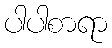
ပါပါစာရာ